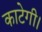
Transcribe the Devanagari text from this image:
काटेगी।